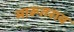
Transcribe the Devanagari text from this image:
मारूतराव